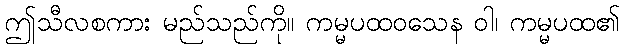
ဤသီလစကား မည်သည်ကို။ ကမ္မပထဝသေန ဝါ၊ ကမ္မပထ၏